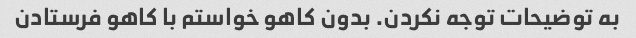
به توضیحات توجه نکردن. بدون کاهو خواستم با کاهو فرستادن